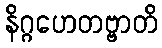
နိဂ္ဂဟေတဗ္ဗာတိ